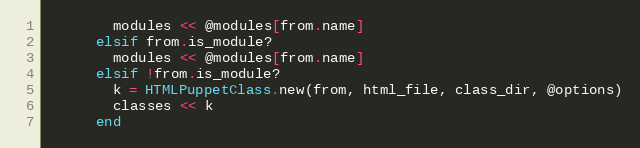
Language: Ruby
        modules << @modules[from.name]
      elsif from.is_module?
        modules << @modules[from.name]
      elsif !from.is_module?
        k = HTMLPuppetClass.new(from, html_file, class_dir, @options)
        classes << k
      end